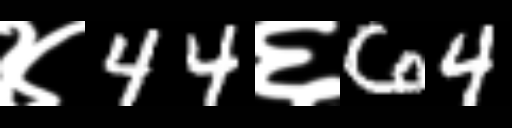
Text: ४44६64